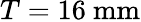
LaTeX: T=16\ \mathrm{{mm}}